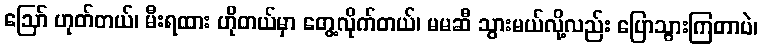
ဪ ဟုတ်တယ်၊ မီးရထား ဟိုတယ်မှာ တွေ့လိုက်တယ်၊ မမဆီ သွားမယ်လို့လည်း ပြောသွားကြတာပဲ၊